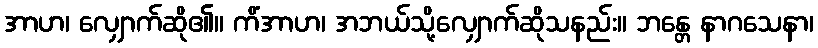
အာဟ၊ လျှောက်ဆို၏။ ကိံအာဟ၊ အဘယ်သို့လျှောက်ဆိုသနည်း။ ဘန္တေ နာဂသေနာ၊